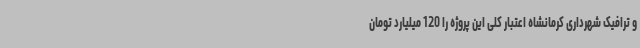
و ترافیک شهرداری کرمانشاه اعتبار کلی این پروژه را 120 میلیارد تومان